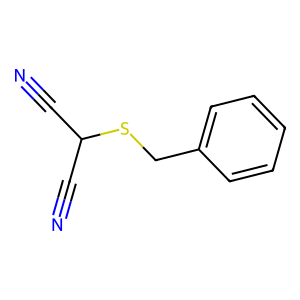
SMILES: N#CC(C#N)SCc1ccccc1
Inhibits HIV replication: No